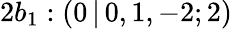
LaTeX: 2b_{1}:(0\, |\, 0,1,-2;2)